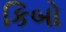
કિબો